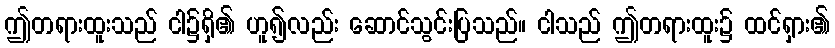
ဤတရားထူးသည် ငါ၌ရှိ၏ ဟူ၍လည်း ဆောင်သွင်းပြသည်။ ငါသည် ဤတရားထူး၌ ထင်ရှား၏